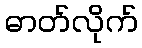
ဓာတ်လိုက်